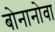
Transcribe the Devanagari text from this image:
बोनानोवा